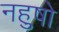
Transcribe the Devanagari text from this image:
नहुषो